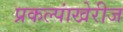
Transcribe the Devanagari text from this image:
प्रकल्पांखेरीज